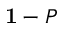
{ \bf 1 } - P